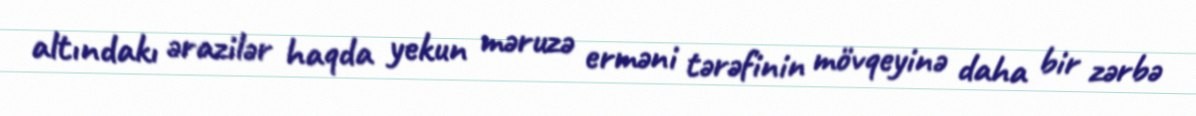
altındakı ərazilər haqda yekun məruzə erməni tərəfinin mövqeyinə daha bir zərbə